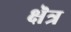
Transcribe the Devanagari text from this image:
क्षॆत्र